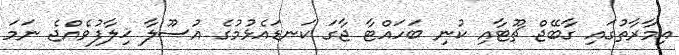
އިމާރާތުގައި ގާބޭޖް ޗޫޓާއި ކުނި ބަހައްޓާ ޖާގަ ކަނޑައެޅުމުގެ އުސޫލާ ޚިލާފުވެއްޖެ ނަމަ